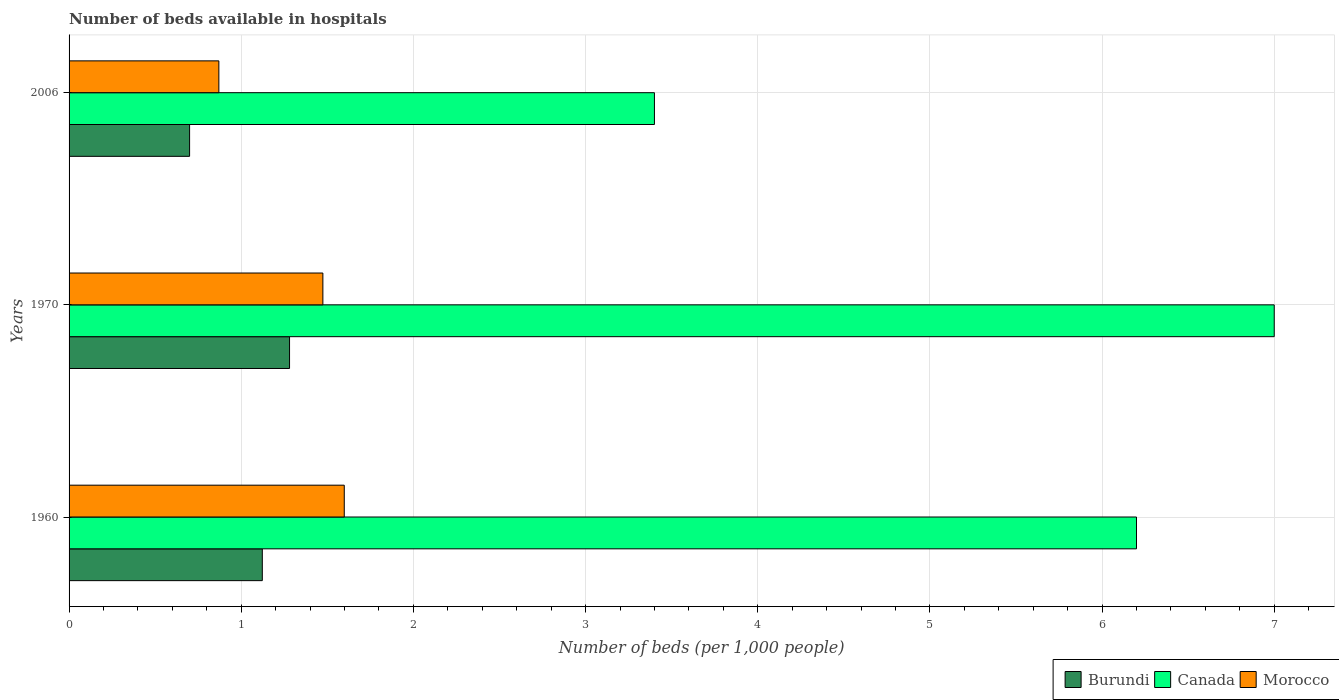
| Years | Burundi | Canada | Morocco |
 | --- | --- | --- | --- |
 | 1960 | 1.12 | 6.2 | 1.6 |
 | 1970 | 1.28 | 7 | 1.47 |
 | 2006 | 0.7 | 3.4 | 0.87 |